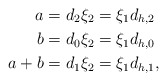
\begin{align*} a &= d_2 \xi_2 = \xi_1 d_{h,2} \\ b &= d_0 \xi_2 = \xi_1 d_{h,0} \\ a+b &= d_1 \xi_2 = \xi_1 d_{h,1}, \end{align*}